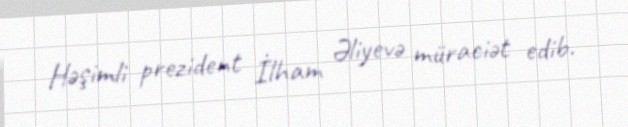
Həşimli prezident İlham Əliyevə müraciət edib.